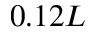
0 . 1 2 L